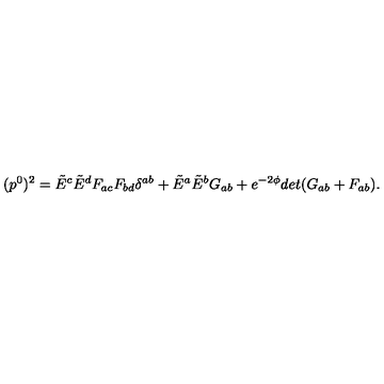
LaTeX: ( p ^ { 0 } ) ^ { 2 } = \tilde { E } ^ { c } \tilde { E } ^ { d } F _ { a c } F _ { b d } \delta ^ { a b } + \tilde { E } ^ { a } \tilde { E } ^ { b } G _ { a b } + e ^ { - 2 \phi } d e t ( G _ { a b } + F _ { a b } ) .